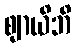
ဈာယိဘိ